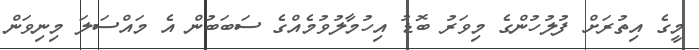
މީގެ އިތުރަށް ފުލުހުންގެ މިވަރު ބޮޑު އިހުމާލުވުމެއްގެ ސަބަބުން އެ މައްސަލަ މިނިވަން